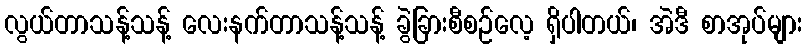
လွယ်တာသန့်သန့် လေးနက်တာသန့်သန့် ခွဲခြားစီစဉ်လေ့ ရှိပါတယ်၊ အဲဒီ စာအုပ်များ